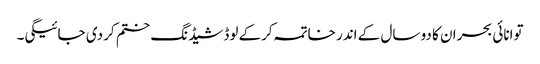
توانائی بحران کا دو سال کے اندر خاتمہ کرکے لوڈشیڈنگ ختم کر دی جائیگی۔